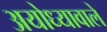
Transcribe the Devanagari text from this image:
अयोध्यावाले